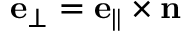
\mathbf { e } _ { \perp } = \mathbf { e } _ { \parallel } \times \mathbf { n }